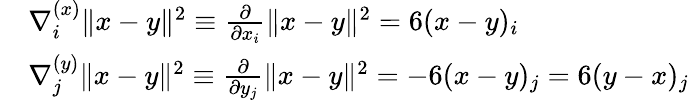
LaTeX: \begin{array}{rl}&{\nabla_{i}^{(x)}\| x-y\| ^{2}\equiv\frac{\partial}{\partial x_{i}}\| x-y\| ^{2}=6(x-y)_{i}}\\ &{\nabla_{j}^{(y)}\| x-y\| ^{2}\equiv\frac{\partial}{\partial y_{j}}\| x-y\| ^{2}=-6(x-y)_{j}=6(y-x)_{j}}\end{array}